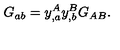
G _ { a b } = y _ { , a } ^ { A } y _ { , b } ^ { B } G _ { A B } .